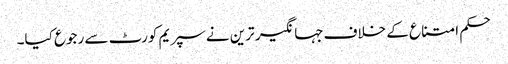
حکم امتناع کے خلاف جہانگیر ترین نے سپریم کورٹ سے رجوع کیا۔